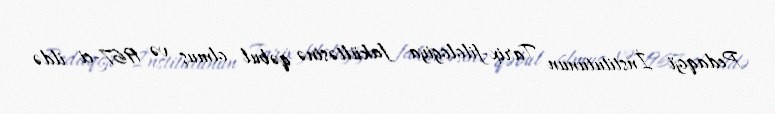
Pedaqoji İnstitutunun Tarix-filologiya fakültəsinə qəbul olmuş və 1967-ci ildə